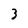
Character: 3